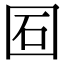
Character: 𡇈